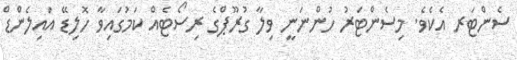
ސެންޓަރ އެކެވެ. މިސެންޓަރު ހުންނަނީ ވިލާ ގުރޫޕްގެ ރިސޯޓެއް ކަމުގައިވާ ހޮލިޑޭ އައިލެންޑް